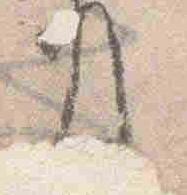
事